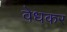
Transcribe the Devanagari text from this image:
वेधकर